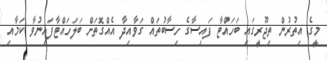
މީގެ އިތުރުން ތިޖޫރީގައި ބަހައްޓާ ފައިސާގެ ހިސާބުތައް ގަވާއިދާ އެއްގޮތަށް ބަލަހައްޓާފައިނުވާ ކަމާއި